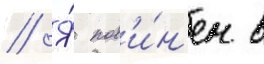
// Я́ пов'и́н'ен в